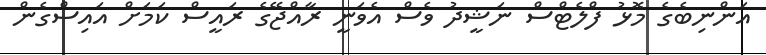
އަންނިބެގެ މޮޅު ފްލެޓްސް ނަޝީދު ވެސް އެވަނީ ރާއްޖޭގެ ރައީސް ކަމަށް އައިސްގެން